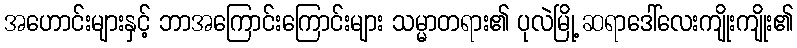
အဟောင်းများနှင့် ဘာအကြောင်းကြောင်းများ သမ္မာတရား၏ ပုလဲမြို့ ဆရာဒေါ်လေးကျိုးကျိုး၏